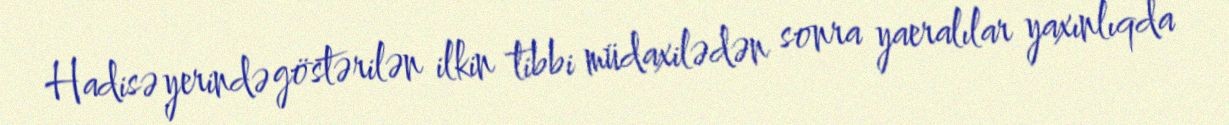
Hadisə yerində göstərilən ilkin tibbi müdaxilədən sonra yaeralılar yaxınlıqda